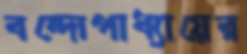
বন্দোপাধ্যায়ের